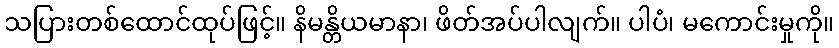
သပြားတစ်ထောင်ထုပ်ဖြင့်။ နိမန္တိယမာနာ၊ ဖိတ်အပ်ပါလျက်။ ပါပံ၊ မကောင်းမှုကို။